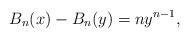
LaTeX: \begin{align*}B_n (x) - B_n (y) = ny^{n - 1},\end{align*}